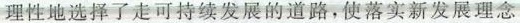
理性地选择了走可持续发展的道路，使落实新发展理念